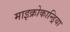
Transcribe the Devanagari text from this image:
माइक्रोकान्ड्रिया